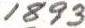
1893